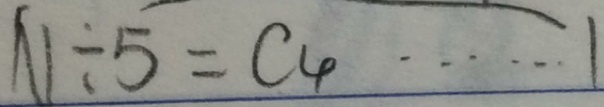
N \div 5 = C _ { 4 } \cdots 1